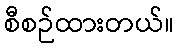
စီစဉ်ထားတယ်။